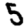
Digit: 5